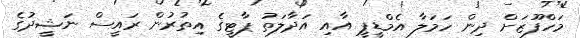
މަހްފޫޒަށް ދިން ހަމަލާ އެމްޑީޕީ އާއި އަދާލަތު ޕާޓީގެ އިތުރުން ރައީސް ނަޝީދުގެ